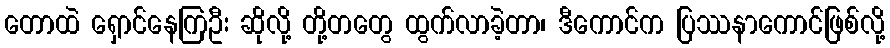
တောထဲ ရှောင်နေကြဦး ဆိုလို့ တို့တတွေ ထွက်လာခဲ့တာ၊ ဒီကောင်က ပြဿနာကောင်ဖြစ်လို့